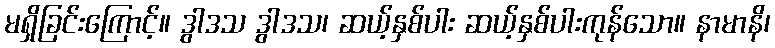
မရှိခြင်းကြောင့်။ ဒွါဒသ ဒွါဒသ၊ ဆယ့်နှစ်ပါး ဆယ့်နှစ်ပါးကုန်သော။ နာမာနိ၊